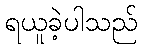
ရယူခဲ့ပါသည်